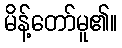
မိန့်တော်မူ၏။